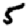
Digit: 5